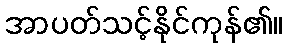
အာပတ်သင့်နိုင်ကုန်၏။